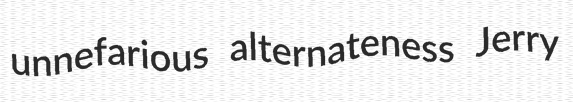
unnefarious alternateness Jerry